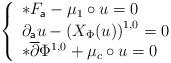
LaTeX: \begin{align*} \left\{ \begin{array}{lcl} \ast F_{\mathsf{a}} -\mu_{1}\circ u = 0 \\ \partial_{\mathsf{a}}u - \left(X_{\Phi}(u)\right)^{1,0}= 0 \\ \ast\overline{\partial}\Phi^{1,0} + \mu_{c}\circ u = 0 \end{array} \right.\end{align*}